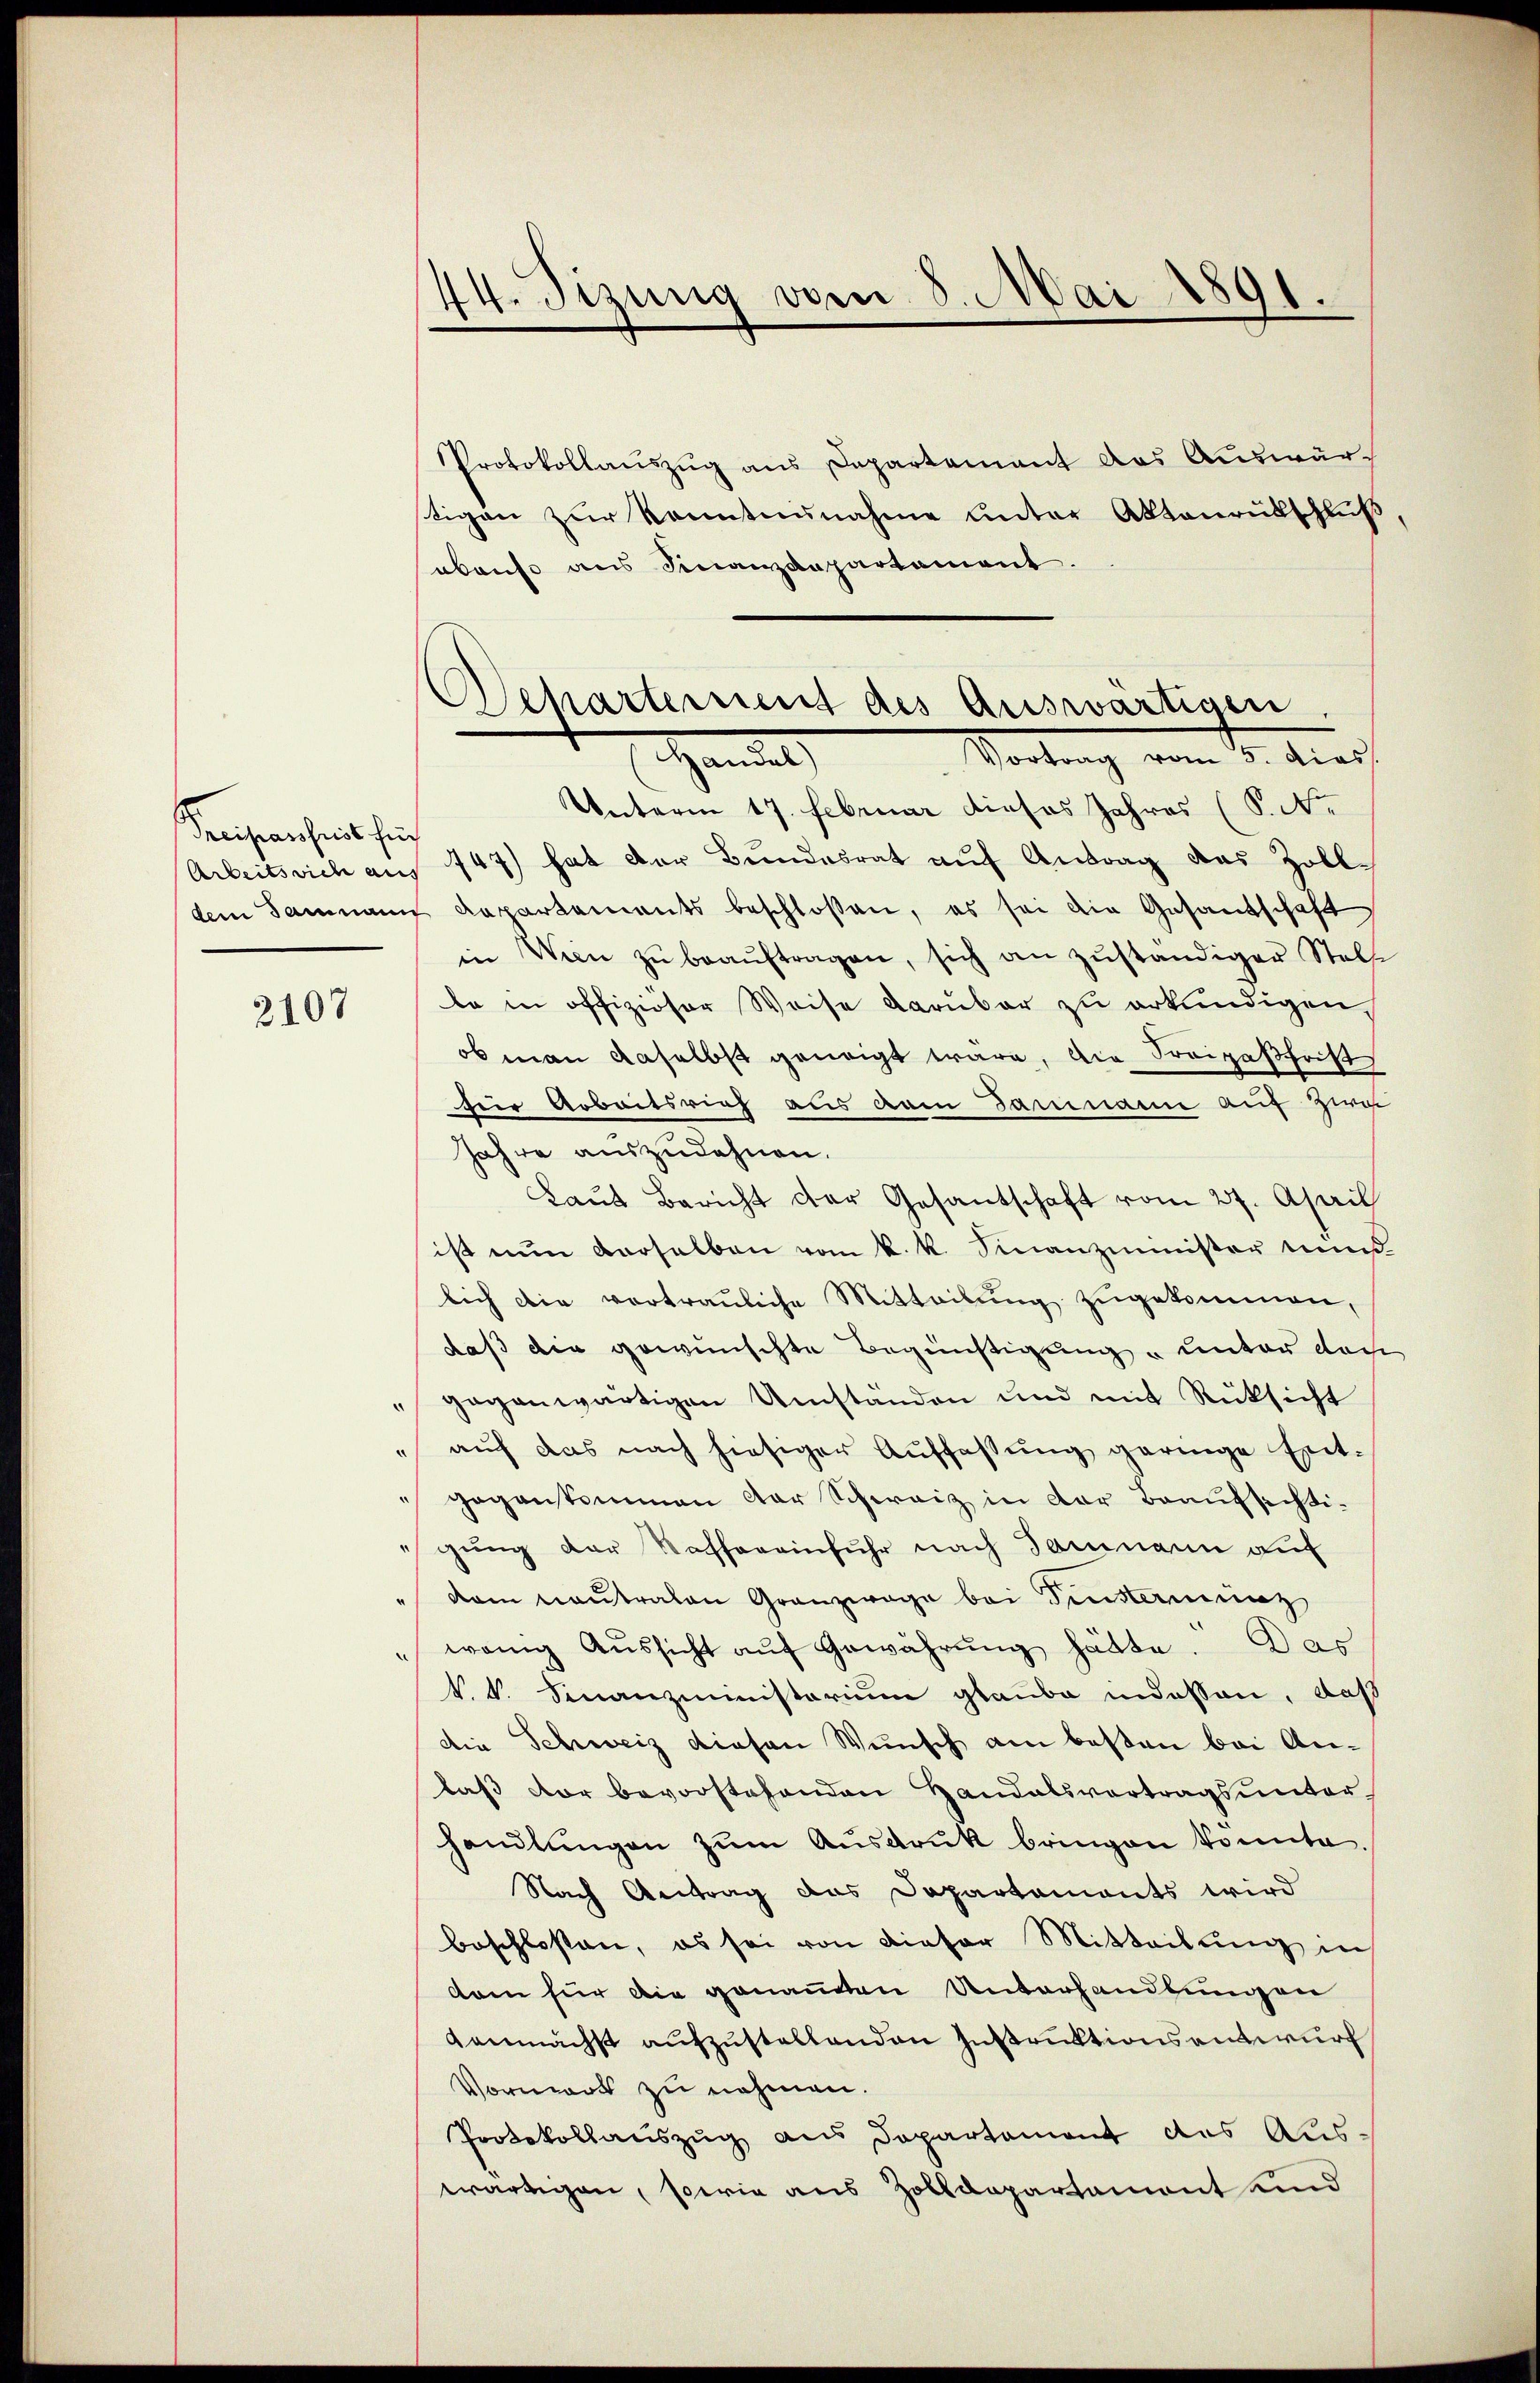
Pecisanheits für

2107

44. Sizung vom 8. Mai 1891.

Protokollauszug aus Departement das Auswärstigen zur Kenntnunahme unter Aktenrütschluß
abenso aus Finanzdepartament.
Unterm 17. Februar dieses Jahres (S. Nr.
Arbeitssich aus 147) hat der Bundesrat aŭf Antrag das Zolldem Sammann Departements beschloßen, es sei die Gesandschaft
in Wien zŭ beaŭftragen, sich an zŭständiger Stell
be in offiziöser Weise darüber zu erkundigen
ob man daselbst geneigt wäre, die Freizaßfrist
fier Arbeitsrich aus dem Dammann auf zwei
Jahre auszudehnen.
Laut Bericht der Gesantschaft vom 27. April
ist nŭn derselben vom k. k. Finanzminister mind
lich die vertrauliche Mitteilung zugekommen,
daß die gewünschte Begünstigung und unter den
gegenwärtigen Umständen und mit Rücksicht
auf das nach hiesiger Auffassung geringe Entgegenkommen der Schweiz in der Beaufsichtigung der Kaffereinfuhr nach Dammann auf
dam neutralen Granzwage bei Einsamung
wenig Aŭssicht aŭf Gewährŭng hätte. Das
k. k. Finanzministerium glaube indessen, daß
die Schweiz diesen Wunsch am besten bei Anlaß vor bevorstehenden Handalsvertragsunterhandlŭngen zŭm Aŭsdrŭk bringen könnte.
Nach Antrag das Departaments wird
beschlossen, es sei von dieser Mitteilung in
dam für die genannten Unterhandlungen
demnächst aufzustellenden Instruktionsantwurf
Vornwart zu nehmen.
Protokollauszug aus Departement des Aus-
wärtigen, sowie aus Zolldepartement und

Deharternent des Auswärtigen
Vortrag vom 5. dies
Handel,